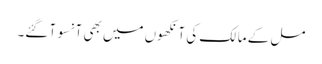
مل کے مالک کی آنکھوں میں بھی آنسو آ گئے۔